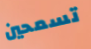
تسمحين